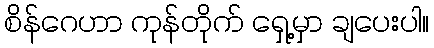
စိန်ဂေဟာ ကုန်တိုက် ရှေ့မှာ ချပေးပါ။